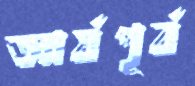
আর্যপূর্ব